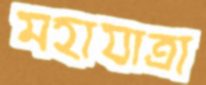
মহাযাত্রা